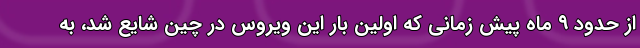
از حدود ۹ ماه پیش زمانی که اولین بار این ویروس در چین شایع شد، به